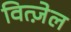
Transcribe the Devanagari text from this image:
वित्ज़ेल